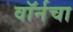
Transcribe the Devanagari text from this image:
वॉर्नचा